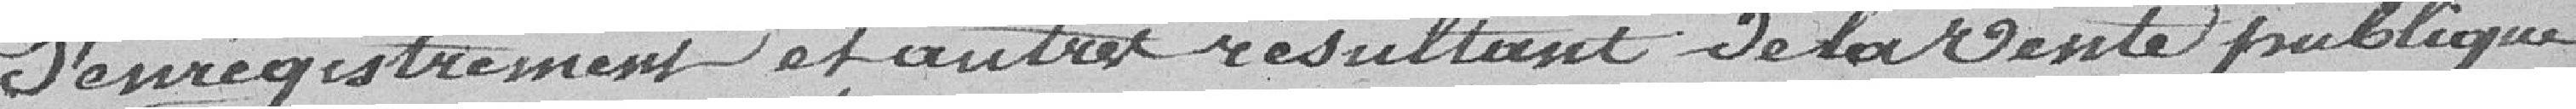
d'enregistrement et autre résultant de la vente publique